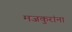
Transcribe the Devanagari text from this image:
मजकुरांना